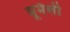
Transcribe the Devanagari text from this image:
धूमैली